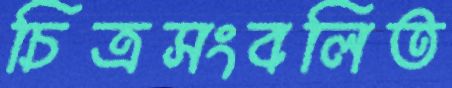
চিত্রসংবলিত